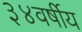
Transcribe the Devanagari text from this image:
३४वर्षीय